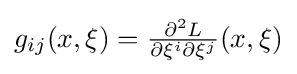
g_{ij}(x,\xi )={\tfrac {\partial ^{2}L}{\partial \xi ^{i}\partial \xi ^{j}}}(x,\xi )